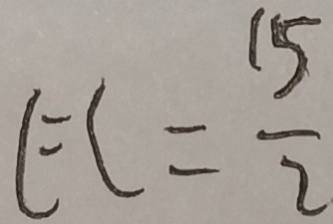
E C = \frac { 1 5 } { 2 }